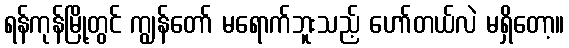
ရန်ကုန်မြို့တွင် ကျွန်တော် မရောက်ဘူးသည့် ဟော်တယ်လဲ မရှိတော့။